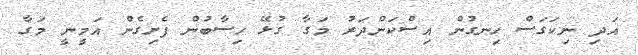
އަދި ނިކަގަސް ހިނގުން އިސްކަންދަރު މަގާ ގުޅޭ ހިސާބުން ފެށިގެން އަމީނީ މަގާ